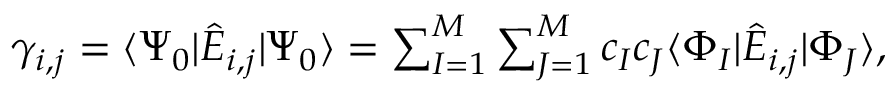
\begin{array} { r } { \gamma _ { i , j } = \ensuremath { \langle \Psi _ { 0 } \vert } \hat { E } _ { i , j } \ensuremath { \vert \Psi _ { 0 } \rangle } = \sum _ { I = 1 } ^ { M } \sum _ { J = 1 } ^ { M } c _ { I } c _ { J } \ensuremath { \langle \Phi _ { I } \vert } \hat { E } _ { i , j } \ensuremath { \vert \Phi _ { J } \rangle } , } \end{array}